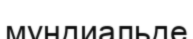
мундиальде